Bréfritari: Guðrún Runólfsdóttir
Dagsetning: A-1835-11-25
Skrifað á: Þingeyraklaustur  A-Hún.
systir bréfviðtakanda

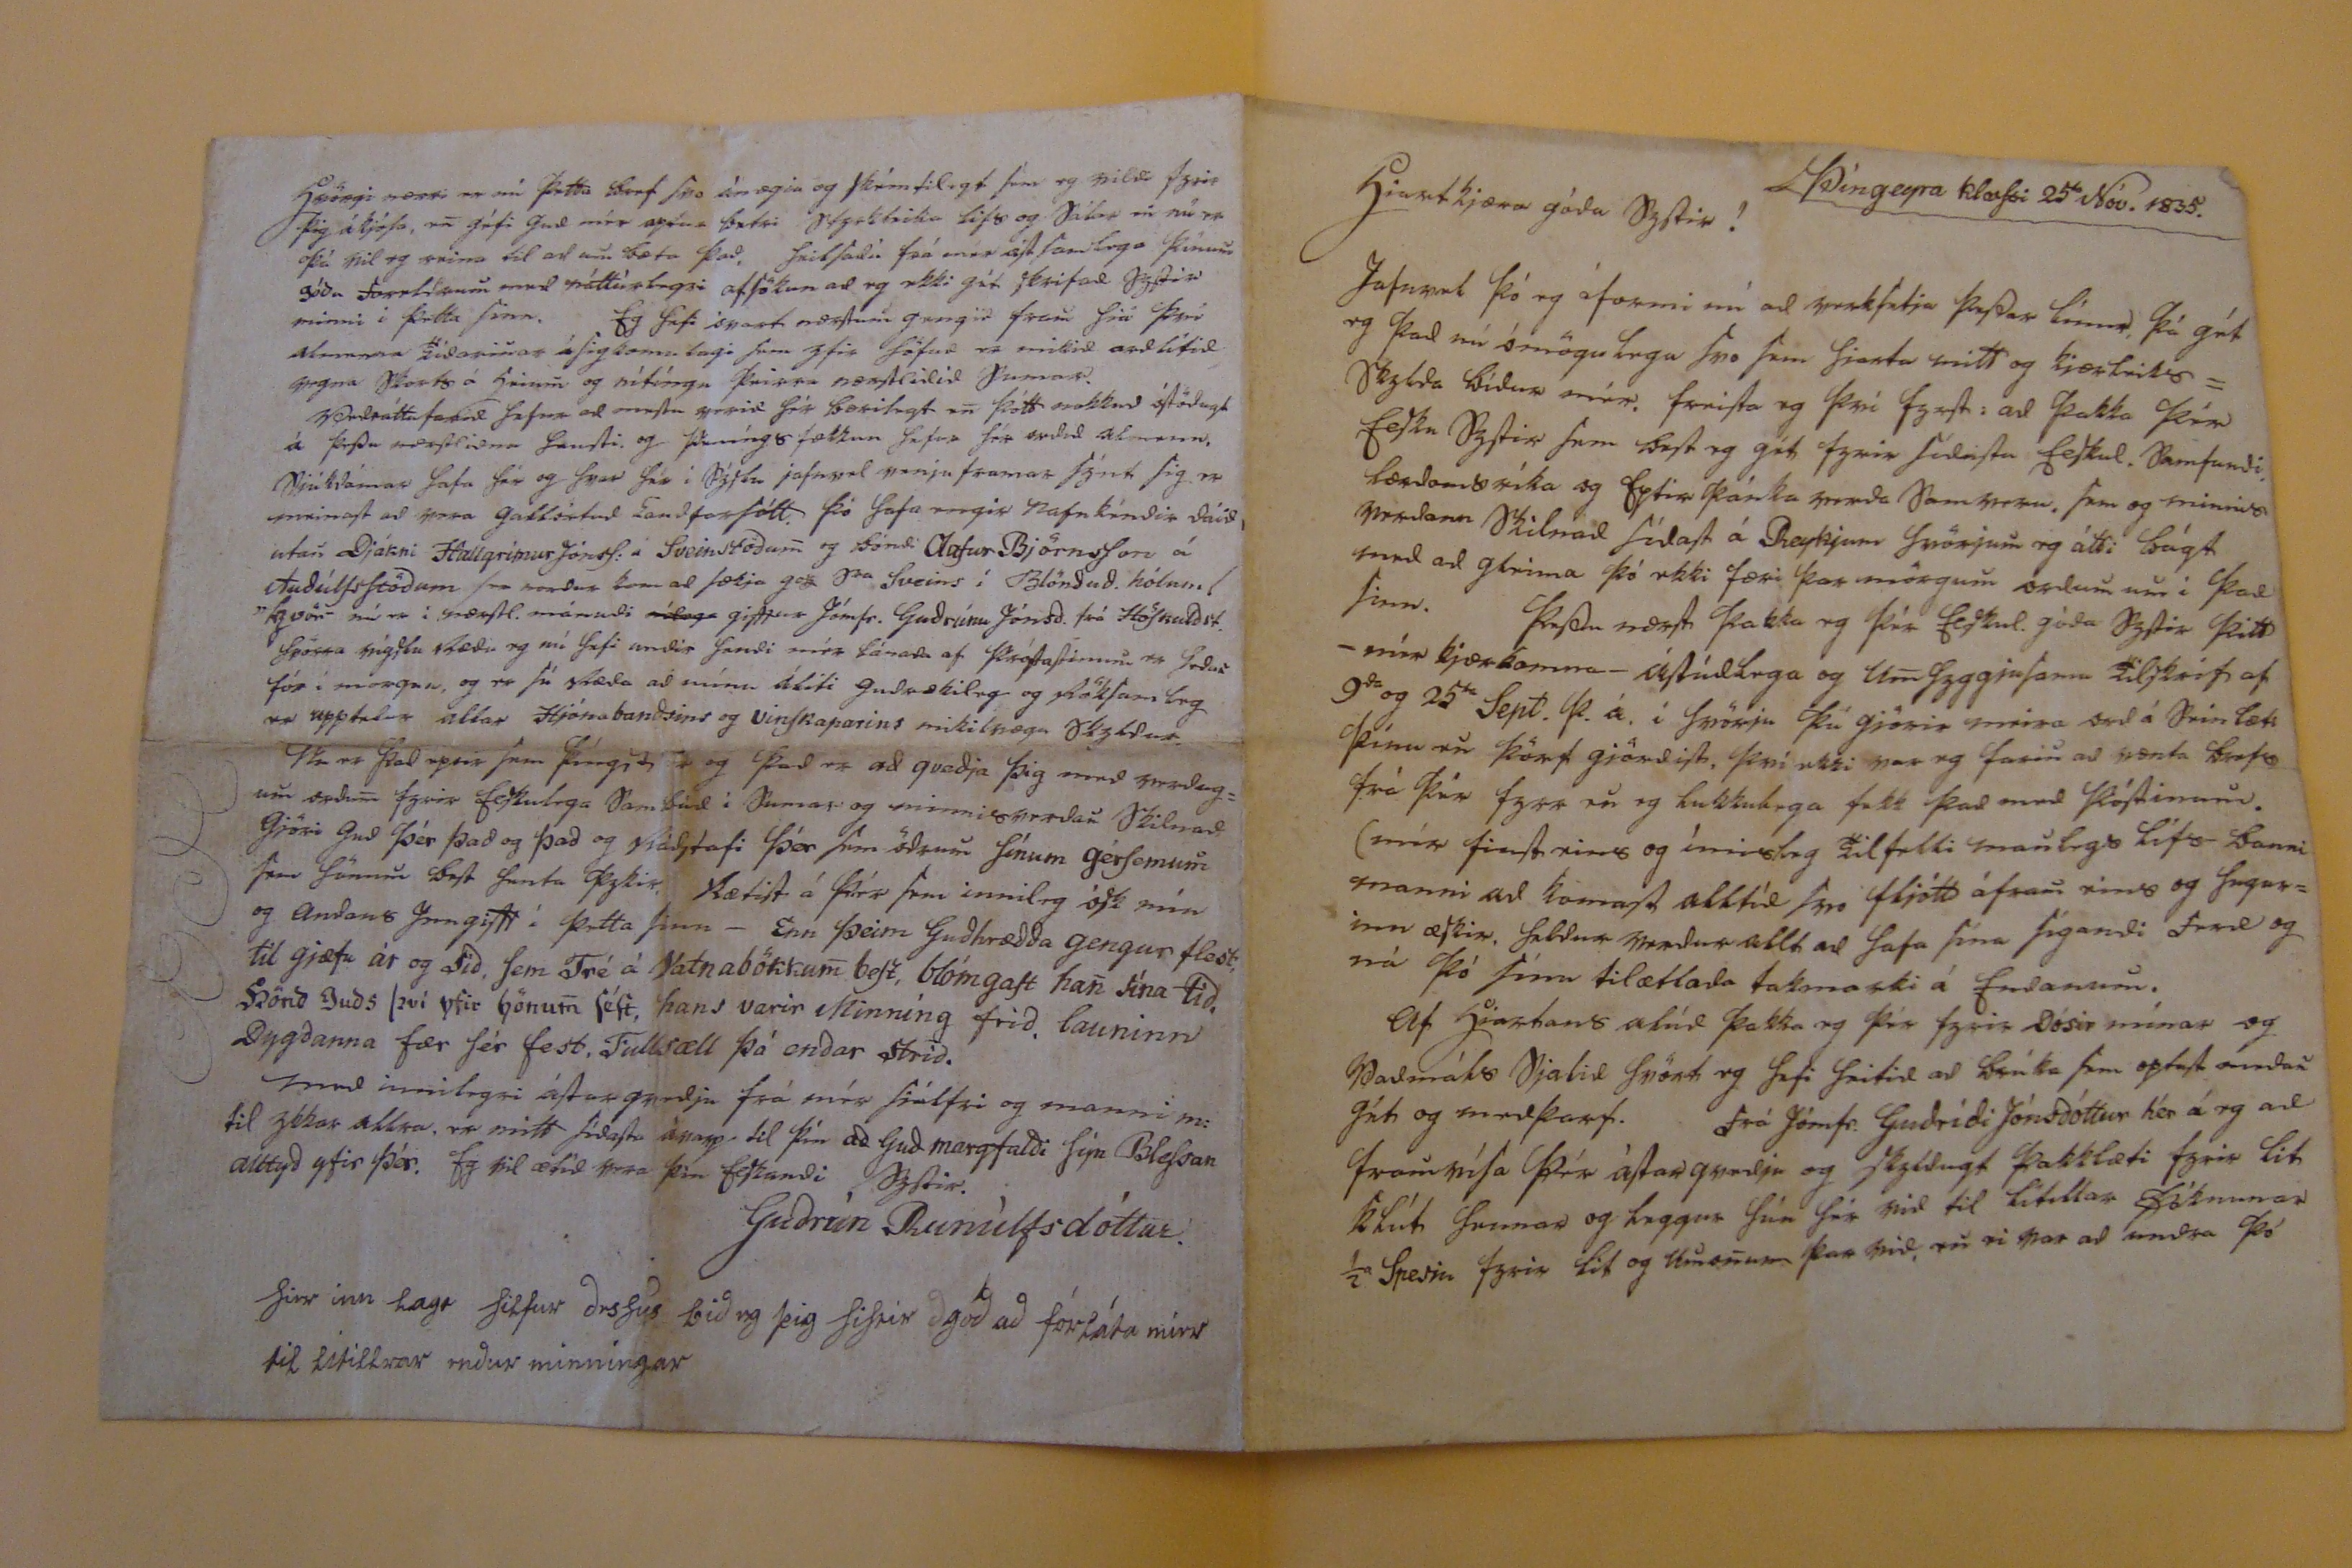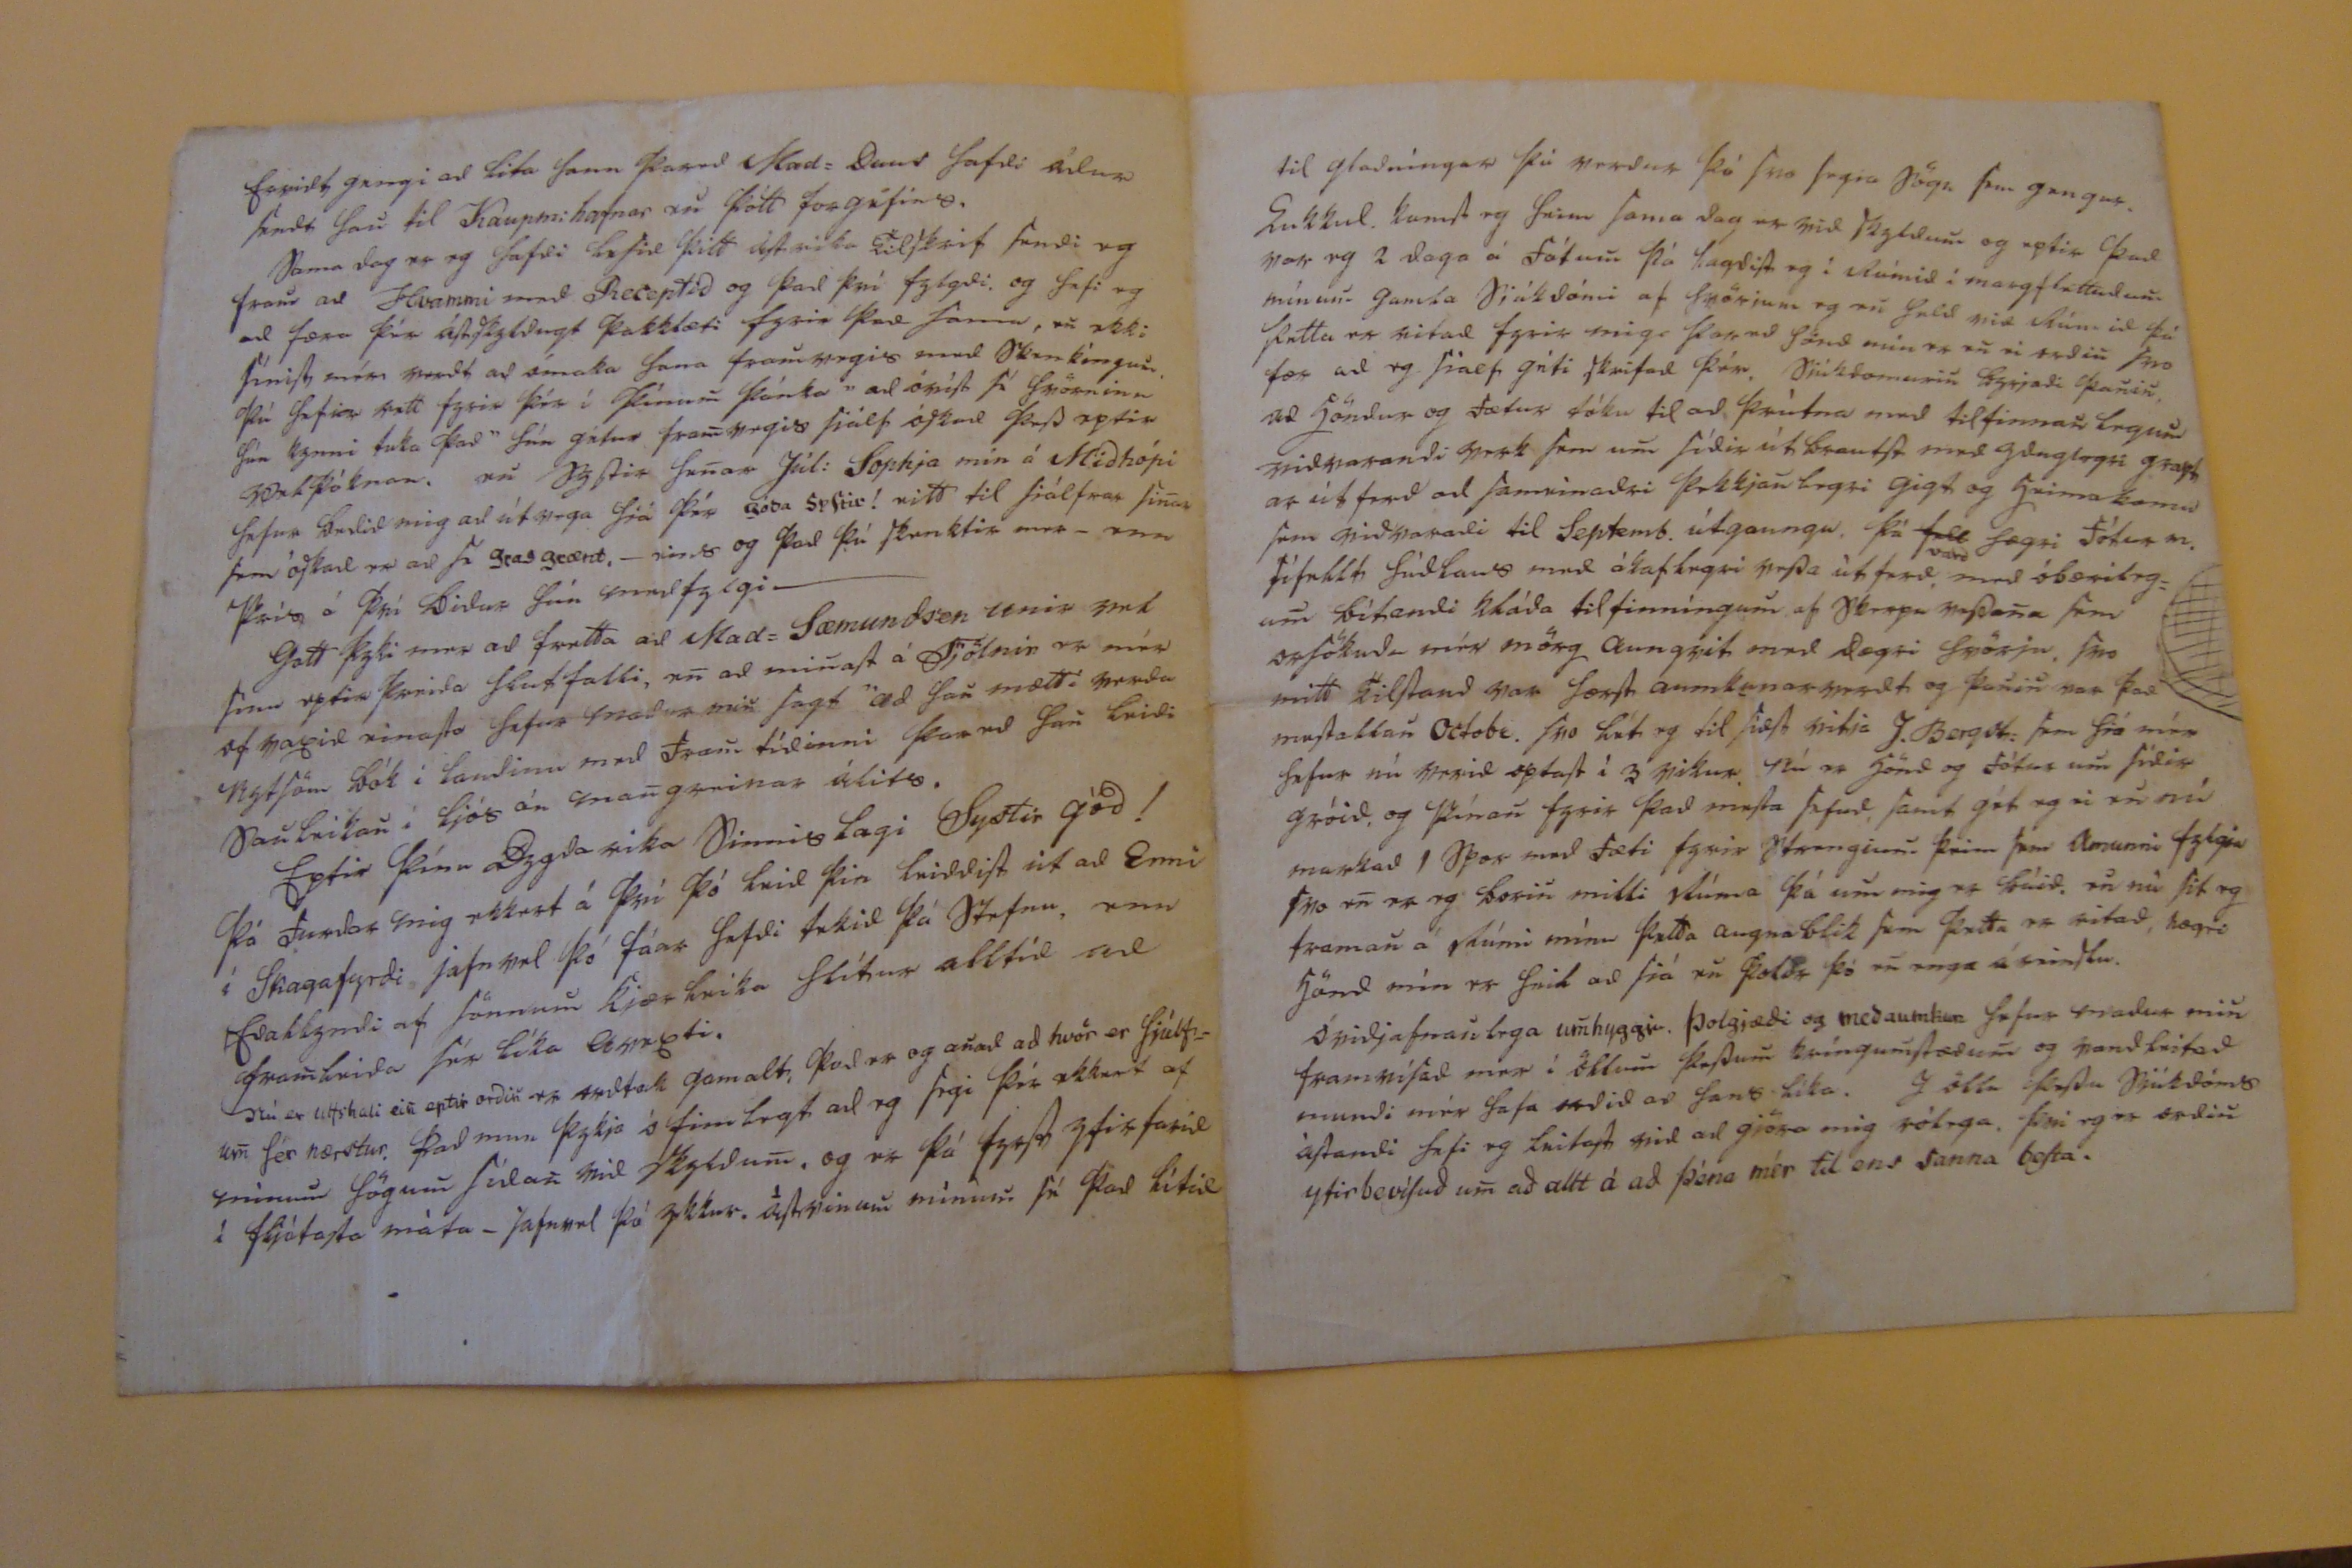

Þíngeyra klauSri 25da Nóv. 1835.
hiartkjæra góda Systir!
Jafnast þó eg áformi nú ad
verkfitja
þarfdar línurm þá gét eg þad nú ómögulega Svo Sem hjarta mitt og kjærleiksskylda bídur mín. Skrifta og því fyrSt, ad þakka þér Elku SyStir Sem Sagt og gát fyrir SídiStu feSkul. Barnfundi. lærdannættika og Eptir þánka snæda Sammenn, Sem og minnis mindann Skilmal SidaSt á Reykjum hvörjum og átti bágt med ad glíma þó ekki færi þar mörgum ordum um í þad Sinn. Hafdu næsti þakka og þér Yldkul. góda þyttir þitt -mín kjærkomna- ástúddaga og umnhyggjuSam tilskrif af 9da og 25da Sept. þ.á. í hvörju þú gjörir meira ord á hrinlæti þínu en þörf gjördist, því ekki var eg farin ad vænta brefa frá þín fyrr en og lukkulega fekk þad med póStinum. (mér finSt eins og íminsleg Tilfelli manlegt lífs- bannimanni ad komaSt alltíd Svo fljótt áfram eins og fengurinn æSkir. faldur madur allt ad hafa þína Sígandi hvad og ná þó Sína tilætlada takmarki á Endanum.
Af hiartans alúd þakka og þér fyrir Dósir mínar og Vadmáls Sjalin Svört og hafi hitid ad brúka Sem optast andar gæti og medþarf. Frá Jómfr. Gudrídi Jónsdóttur hér á og ad framsvífa þér áStangvædju og Skyldugt þakklæti fyrir lit klút Sumar og liggur hún fór med til litillar þóknunar í Sperin fyrir lit og umonun þar med, væ ri þar ad undra þó
Samidt gangi ad Lita Sann þannd Mad= Dans hafdi ódur Sendt han til Kaupm: hafnar en þótt forgáfin.
Sama dag er og hafdi hafid þitt ástmika tilfkirt fundi og fram ad Hvammi med Receptid og þad því fylgdi og hafi eg ad færa þín ástsöglidugt þakklæti fyrir þad Sama, en ekki Sinist mín nordt ad smaka hana framvegis med Skamkóngur. þú hefur rett fyrir þér í þínum þánka " ad óníSt Sé hvörninn hún kynni taka þad" hún gétur framnvegis Siálf óSkad þad eptir Valþóknar. nu þyStir Sunnar Júl: Sophia mín á Midhópi Jafna bodid mig ad útvega hiá þér góda syStir! vildtil Siálfrar Sinnar Sem óskast er ad Se gras grænt.- eins og þad þú Skunktir mer- enn heita á því bidur hún innifylgi-
Gott þyki mer ad fretta ad Mad= Sæmundsen unir vel Sinu eptir þærida Skutfalli, enn ad minnaSt á Fjölnir og mín afmagil vinaSta hefur modir min Sagt "ad han mætti minda nytSöm bók i landinu med Framn tídinni þar nil Jon leidi Sannleikann í ljós án mannganinar álits.
Eptir þínu adygda eika Sinnis lagi Systir gód! þó Sundar mig ekkert á því þó leid þin leiddiSt út ad Enni í Skagafyrdi jafnvel þó fáar hafdi tekid þá stefnu, ne aframnbrida Sér líka enneti.
nú er lifshali ein eptir ordin en andtak gamalt, þad er og unnad ad hvör er Sjálfum Sér nærstur. þad mun þykja ó fimlegt ad og Segi þá ekkert af mínum högumn Sídann vid Skyldumn, og er þá fyrst yfirfarid í fljótasta máta- jafnvel þó ykkur ástvinum() mínumn fá þad lítil
Hvergi vesti er nú þetta horf Svo ánægiu og Skémtilegt Sem og vildi fyrir þig áljóSa enn gétfi gud mér aptur betri styrkleika lifs og Sálar enn nú er þá vil eg snúa til ad umn bæta þad. heilSadu frá mér áStSamlega þínumn góda herrlögum med náttúrlegri aftökun ad og ekki gét Skrifad Systir minni i þetta Sinn. Eg hefi snart næstum gengid fram hiá því stemma Eidarinar á Sigkomu lagi Sem yfir höfud er mikid ordlítid vegna hierts á hinum() og nítíngu þeirra nærStleilid þinnar.
Andráttarfarid Safna ad meStu verid Sér bærilagt en() þótt nokkur óStödugt á þefdu nærStlidna hausti og Stunníngsfækkun hefr Sér ordid slunum. Sjúkdómar hafa Jón og hvar Jón i Þýslu jafnvel venju framar Sýnt Sig er minaSt ad vera gallertud landfarSótt. þó hafa engir nafnkéndir dáid, utan Djákni Hallgrímur JónsS: á Sveinstödum og bóndi Olafur BjörnsSon á AudúlfsStödum Sem nordur kom ad Sækja gott Sra Sveins í Blöndud. hólum /"hvör nú er í nærStl. mánudi
nílega
giftur Jómfr. Gudrúnu Jónsd. frá HöSkuldst. hvörra snýslu stædu og nú hafi undir hendi mér lánada af PrófaStinum fadur fór í morgun, og so Sú slæda ad mínu áliti gudaskilug og stökSamleg er upptadur allar Hjónabandsins og vinSkaparins mikilvægu Skyldur.
Nu er þad eptir Sem þíngri og þad er ad qvedja þig med snadagum sædum fyrir ElSkkulega Sambúd í Sumar og minni verdan Skilnad gjöri gud þér þad og þad og sádstafi þér Sem slaum Sínum gérSemum firir Sönum haft henta þykir. Rætist á þiér Sem innileg ósk mín og andans hemgift í þetta Sinn- Enn þeim GUdhrædda gengur flest til gjæfu ár og síd, Sem Tré á Vatnabökkum beSt, blómgaSt han Sína tíd, hönd Guds því yfir hönum léSt, hans varir Minníng frid, launinn Dygdanna fær Sér fest, Fullsæll þá endar stríd.
med innilegri ástarqvedju frá mér Siálfri og manni m. til ykkar allra, er mitt SídaSta ávarp til þín ad Gud margfaldi Sín BleSsan alltyd yfir þér. Eg vil ætid vera þin ElSkandi Systir.
Gudrún Runúlfsdóttur.
firr inn lagt Silfur dirSur bid eg þig SiStir gód ad fórláta míer til lítillrar endur minningar
til gladníngar þú verdur þó Svo Segia Sögu fra gangur. Gukkul komst og hinn Sama dag er vid Skyldumn og eptir þad var eg 2 daga á fótum þá lagdiSt eg í Rúmid í margfléttindumn mínum gamla Sjúkdómi af hvörjum og enn held vid Rúmid þó þetta er vitad fyrir mig þott ad Sand mín er enn ei vedinn Svo fær ad og Sialf géti Skrifad þín. Sjúkdomurinn byrjadi þanninn ad höndur og fætur tóku til ad þrútna med tilfinnarlegur midvaxandi brak Sem um Sídir útbrautSt med gænglegri grapt er út ferd ad Saminadri þakkjannlegri gigt og heimakomid Sem vivaxandi til Septemb. útgaungu. þá
Sell
vard hægri Fótur m. FíSellt hídlaus med ólafleggri veSda út ferd, med óbærilegumn bítandi kláda tilfinníngumn af Skræpa nefdanna Sem skSökudu mér mörg aungsit med lægri hvörju. Svo mitt TilStand var harSt aumkunarmadt og þanninn var þad meStallan Octobe. Svo hét og til hæft nitja J. Bergst: Sem Siá mín hefur nú verid optaSt í 3 vikur. Nú er hönd og fótur um Sídir gróid, og Skínann fyrir þad minSta hefud, Samt gét eg ei en nú markad 1 Hor med fæti fyrir Strengium þeim Sem Konunni fylgia Svo enn er eg borinn milli stúma þá um mig er búid, en nú Sit eg framann á Rúmi mínu þetta augnablik Sem þetta er ritad, hægri hönd mín er fin ad Siá en þoldi þó enn enga ávinSlu.
Óvidjafnanlega umnhyggju. þolgjædi og medaumkun hefur madur minn framvíSad mer í öllumn þafdumn kríngumStædumn og vandskrifad mundi mér hafa ordid er hans líka. I öllu hefdu Sjúkdóms ástandi hafi og luitast vid ad giöra mig rólega. því eg er ordinn yfirbevílud um() allt á ad þéna mér til ens sanna beSta.